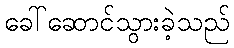
ခေါ်ဆောင်သွားခဲ့သည်